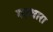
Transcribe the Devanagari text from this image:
गहवारा